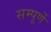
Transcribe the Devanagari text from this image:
सम्पूर्णे